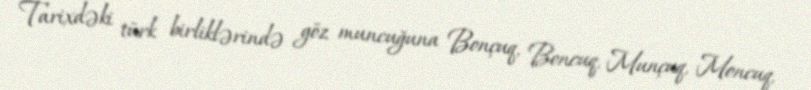
Tarixdəki türk birliklərində göz muncuğuna Bonçuq, Boncuq, Munçuq, Moncuq,